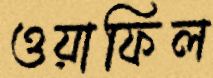
ওয়াফিল